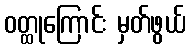
ဝတ္ထုကြောင်း မှတ်ဖွယ်